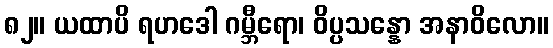
၈၂။ ယထာပိ ရဟဒေါ ဂမ္ဘီရော၊ ဝိပ္ပသန္နော အနာဝိလော။